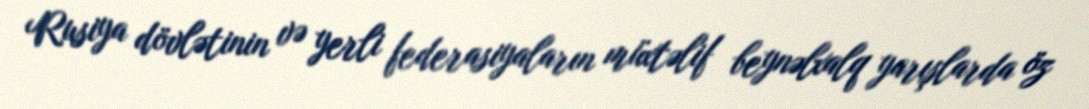
Rusiya dövlətinin və yerli federasiyaların müxtəlif beynəlxalq yarışlarda öz